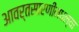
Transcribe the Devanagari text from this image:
आवर्तसारणीमधल्या